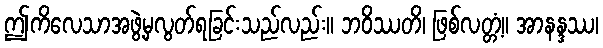
ဤကိလေသာအဖွဲ့မှလွတ်ရခြင်းသည်လည်း။ ဘဝိဿတိ၊ ဖြစ်လတ္တံ့။ အာနန္ဒဿ၊